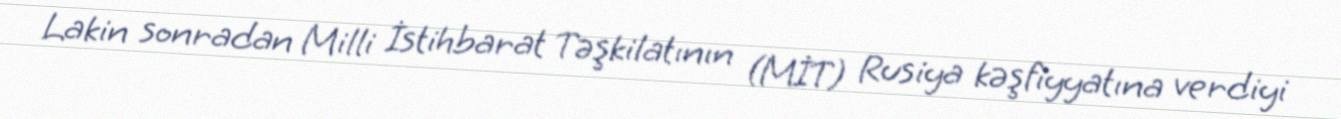
Lakin sonradan Milli İstihbarat Təşkilatının (MİT) Rusiya kəşfiyyatına verdiyi